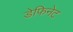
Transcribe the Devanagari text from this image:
डेफिनेट